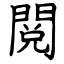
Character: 閲